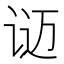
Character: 𬣴